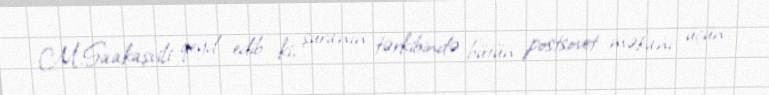
M.Saakaşvili qeyd edib ki, şuranın tərkibində bütün postsovet məkanı üçün